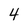
Character: 4